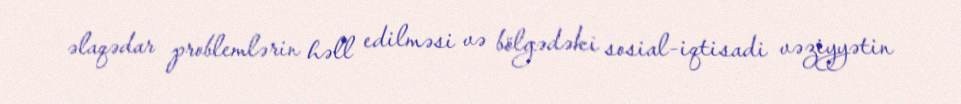
əlaqədar problemlərin həll edilməsi və bölgədəki sosial-iqtisadi vəziyyətin